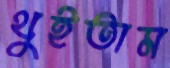
থুইতাম